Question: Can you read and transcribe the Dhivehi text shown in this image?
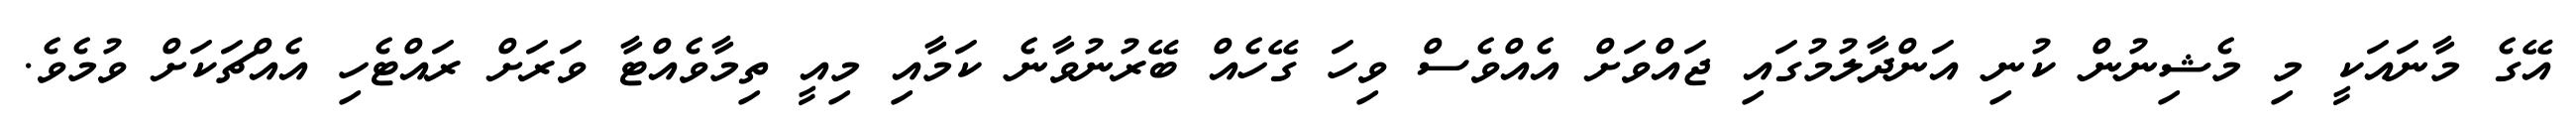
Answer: އޭގެ މާނައަކީ މި މެޝިނުން ކުނި އަންދާލުމުގައި ޖައްވަށް އެއްވެސް ވިހަ ގޭހެއް ބޭރުނުވާނެ ކަމާއި މިއީ ތިމާވެއްޓާ ވަރަށް ރައްޓެހި އެއްޗަކަށް ވުމެވެ.